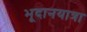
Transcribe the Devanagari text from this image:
भूदानयात्रा